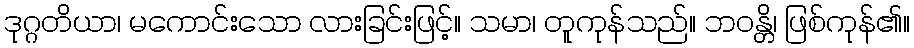
ဒုဂ္ဂတိယာ၊ မကောင်းသော လားခြင်းဖြင့်။ သမာ၊ တူကုန်သည်။ ဘဝန္တိ၊ ဖြစ်ကုန်၏။